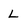
Character: L